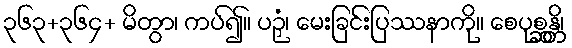
၃၆၃+၃၆၄+ မိတွာ၊ ကပ်၍။ ပဉှံ၊ မေးခြင်းပြဿနာကို။ စေပုစ္ဆန္တိ၊